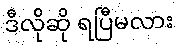
ဒီလိုဆို ရပြီမလား